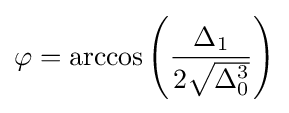
\varphi =\arccos \left({\frac {\Delta _{1}}{2{\sqrt {\Delta _{0}^{3}}}}}\right)